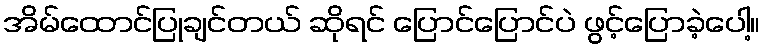
အိမ်ထောင်ပြုချင်တယ် ဆိုရင် ပြောင်ပြောင်ပဲ ဖွင့်ပြောခဲ့ပေါ့။